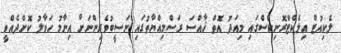
ލެކިއުޓް އިލެކްޓްރޮނިކްސްގައި މިއަދު އޮތް ޚާއްސަ ރަސްމިއްޔާތުގައި ނަސީބުވެރިންނަށް އިނާމު ހަވާލު ކޮށްދެއްވީ